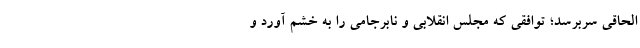
الحاقی سربرسد؛ توافقی که مجلس انقلابی و نابرجامی را به خشم آورد و